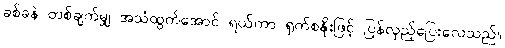
ခစ်ခနဲ တစ်ချက်မျှ အသံထွက်အောင် ရယ်ကာ ရှက်စနိုးဖြင့် ပြန်လှည့်ပြေးလေသည်။